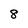
Character: 8